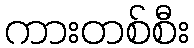
ကားတစ်စီး